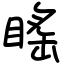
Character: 䁘